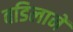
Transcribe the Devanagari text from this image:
वडिलानें